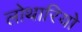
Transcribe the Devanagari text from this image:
लोथारियो